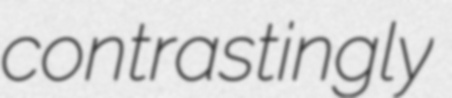
contrastingly